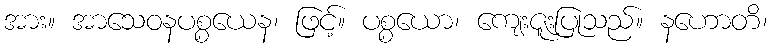
အား။ အာသေဝနပစ္စယေန၊ ဖြင့်။ ပစ္စယော၊ ကျေးဇူးပြုသည်။ နဟောတိ၊